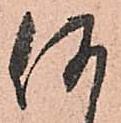
何